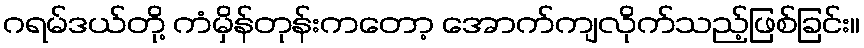
ဂရမ်ဒယ်တို့ ကံမှိန်တုန်းကတော့ အောက်ကျလိုက်သည့်ဖြစ်ခြင်း။